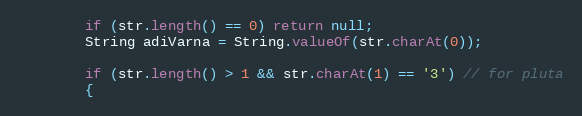
Language: Java
        if (str.length() == 0) return null;
        String adiVarna = String.valueOf(str.charAt(0));

        if (str.length() > 1 && str.charAt(1) == '3') // for pluta
        {